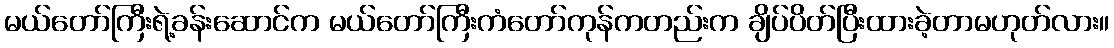
မယ်တော်ကြီးရဲ့ခန်းဆောင်က မယ်တော်ကြီးကံတော်ကုန်ကတည်းက ချိပ်ပိတ်ပြီးထားခဲ့တာမဟုတ်လား။